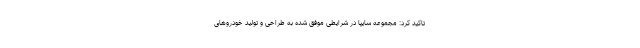
تاکید کرد: مجموعه سایپا در شرایطی موفق شده به طراحی و تولید خودروهای